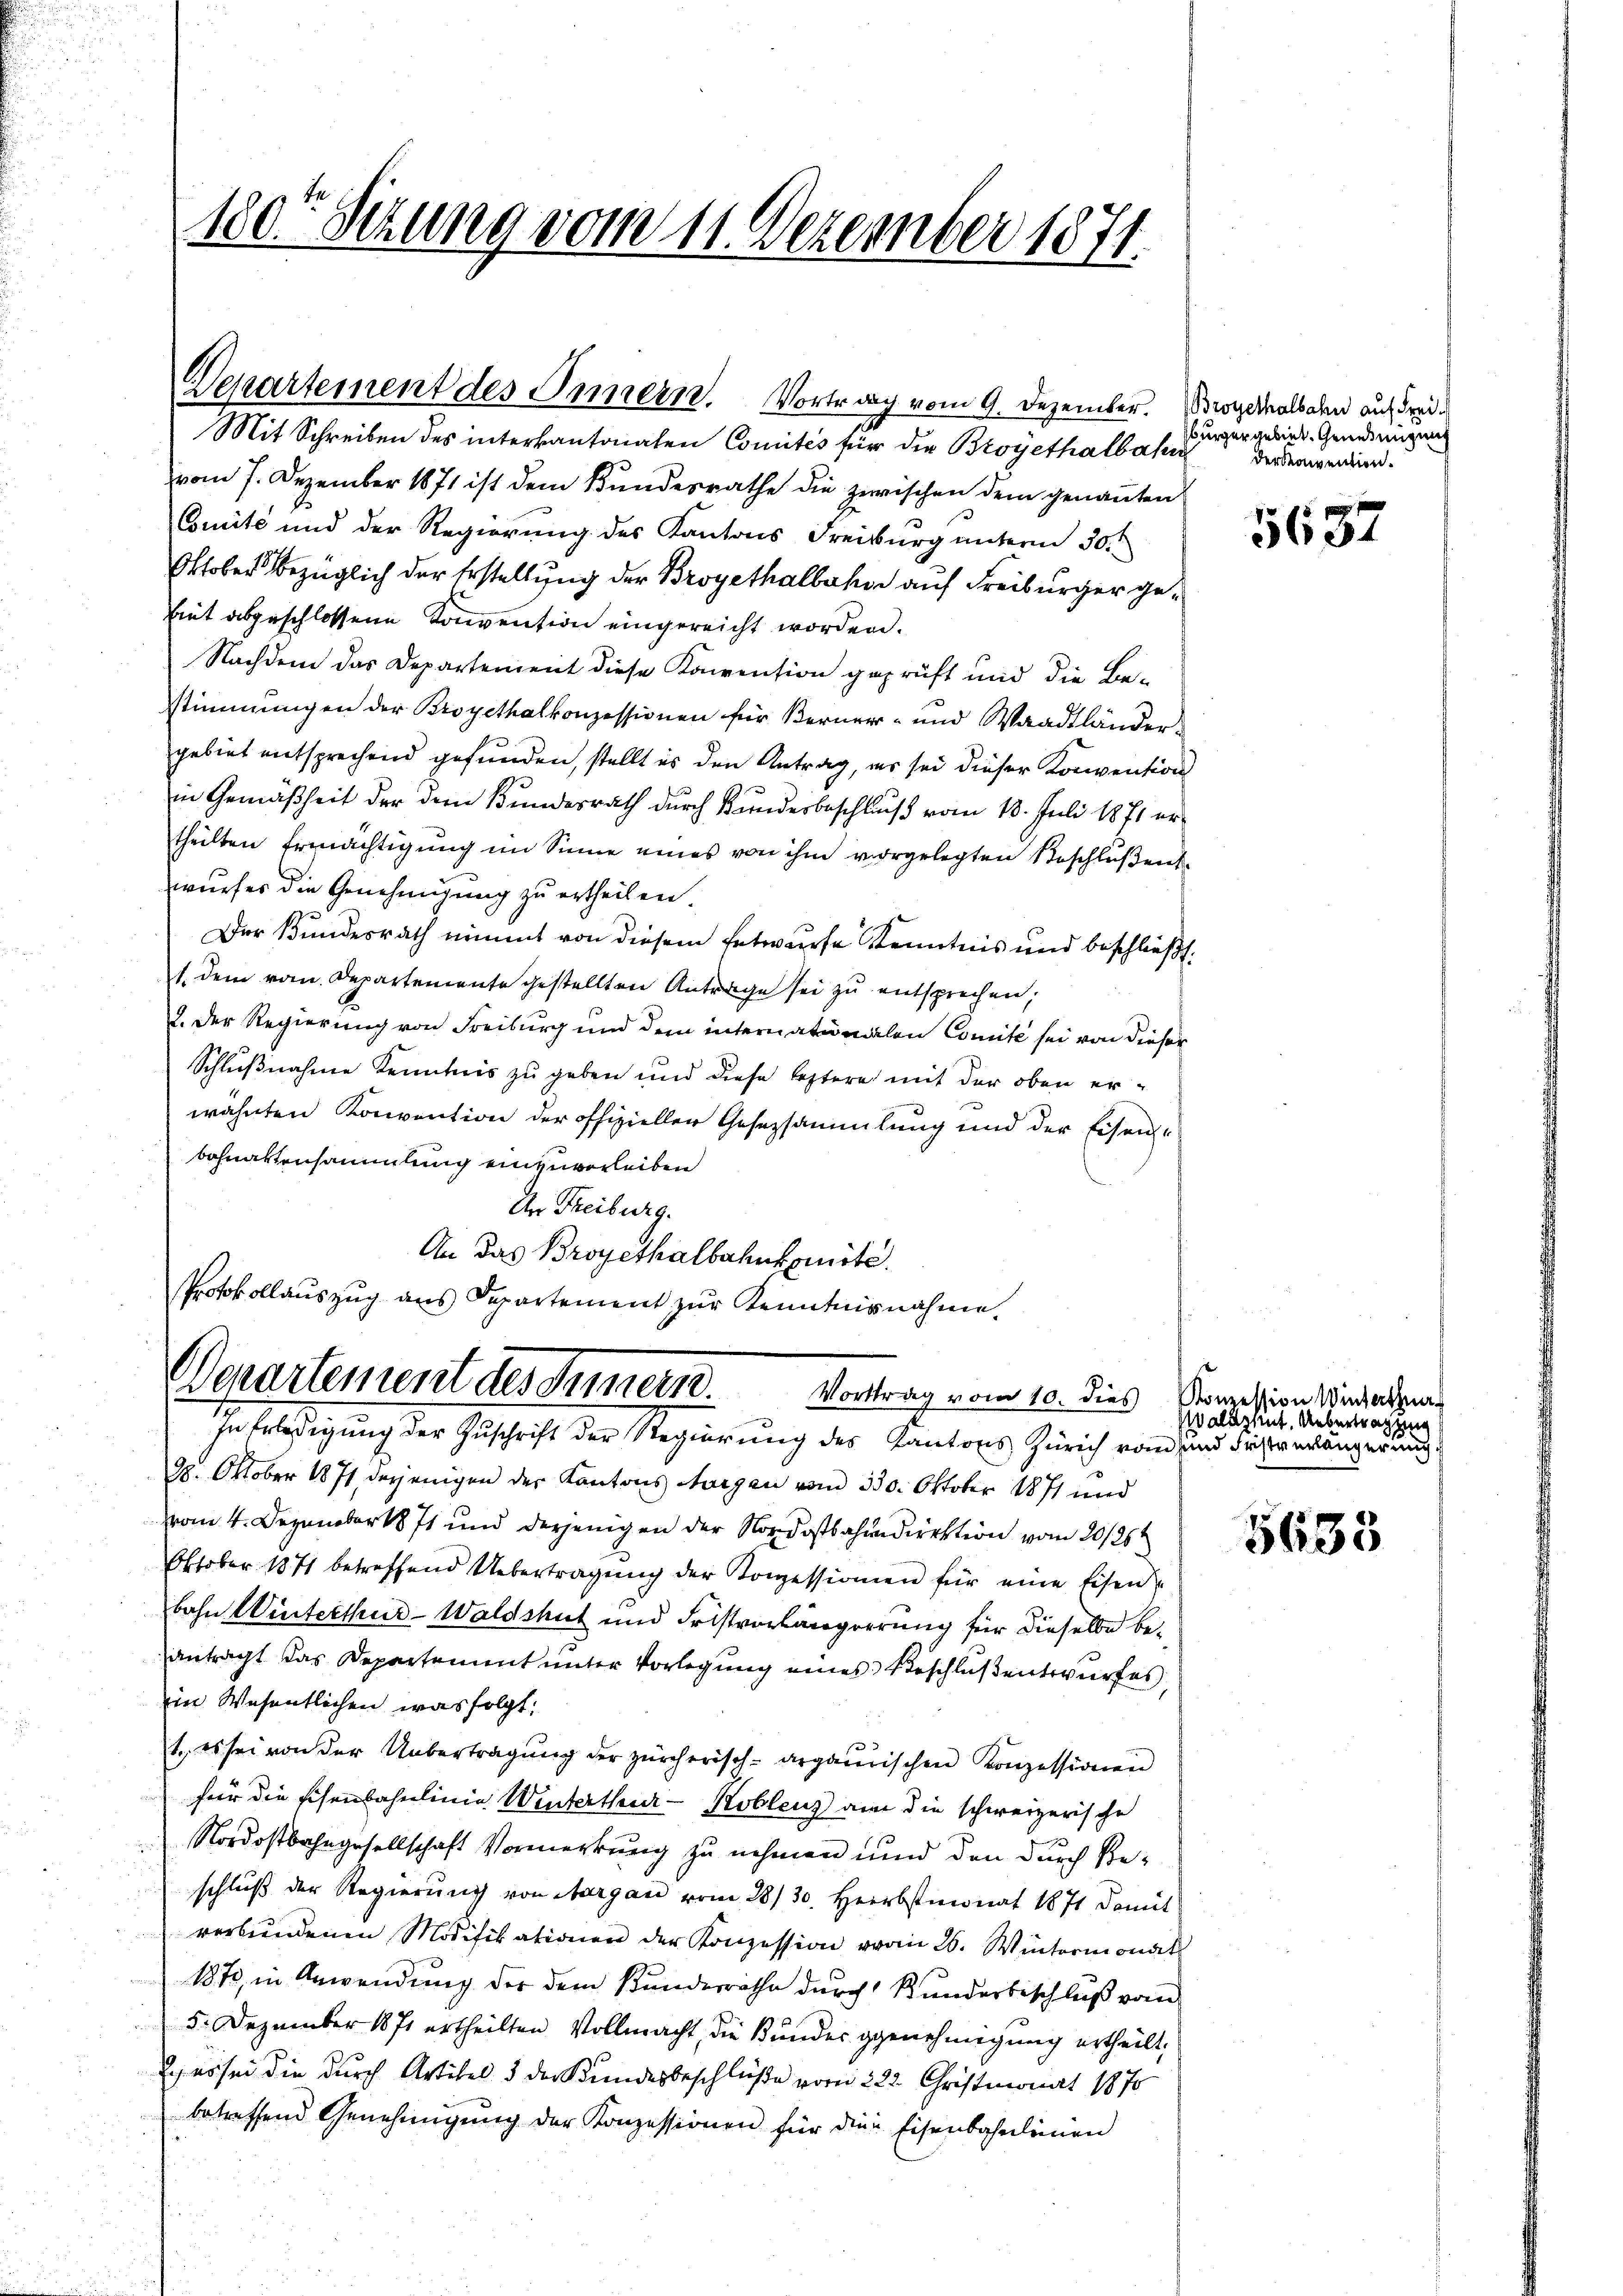
180r Sitzung vom 11. Dezember 1871.

Departement des Innern. Vortrag vom 9. Dezember. Brotgedralbahn auf drei¬
Mit Schreiben des interkantonalen Comités für die Broyethalbahn

vom 7. Dezember 1871 ist dem Bundesrathe die zwischen dem genannten
Comite und der Regierung des Kantons Freiburg unterm 30.
Oktober bezüglich der Erstellung der Broyethalbahn auf Freiburger gelint abgeschlossene Konvention eingereicht worden.
Nachdem das Departement diese Konvention geprüft und die Be-
Stimmungen der Broyethalkonzessionen für Berner- und Waadtländergebiet entsprechend gefunden, stellt es den Antrag, es sei dieser Konvention
in Gemäßheit der dem Bundesrath durch Kundesbeschluß vom 18. Juli 1871 ertheilten Ermächtigung im Sinne eines von ihm vorgelegten Beschlüßen
wurfer die Genehmigung zu ertheilen.
Der Bundesrath nimmt von diesem Entwurfe Kenntnis und beschließt:
1. dem vom Departemente gestellten Antrage sei zu entsprechen,
2. Der Regierung von Freiburg und dem internationalen Comite sei von dieser
Schlußnahme Kenntnis zu geben und diese leztere mit der oben erwähnten Konvention der offizieller Gesezsammlung und der Eisenbohnattensammlung einzuverleiben
An Freiburg.
An das Broyethalbahnkomite.
Protokollauszug aus Departement zur Kenntnisnahme.

Departement des Innern. Vortrag vom 10. dies
In Erledigung der Zuschrift der Regierung des Kantons Zürich von und dieser erlänger und

98. Oktober 1871, derjenigen der Kantons Aargau vom 330. Oktober 1871 und
vom 4. Dezember 1871 und derjenigen der Nordostbahndirektion vom 20/26t
Oktober 1871 betreffend Übertragŭng der Konzessionien für eine Eisen
bahn Winterthur-Waldshut und Fristvorlängerung für dieselbe beantragt das Departement unter Vorlegung eines Beschluß entwurfes,
in Wesentlichen was folgt:
1., es sei von der Uebertragung der zürcherisch-arganischen Konzessionen
für die Eisenbahnlinie Weiterthur–Koblenz an die schweizerische
Nordostbahngesellschaft Vormerkung zu nehmen und den durch Reschluß der Regierung von Margau vom 28/30. Herbstmonat 1871 damit
verbŭndenen Modifikationen der Konzession vom 26. Wintermonat
1870, in Anwendung der dem Bunderräthe durch Kunderbeschluß vom
5. Dezember 1871 ertheilten Vollmacht, die Kunder genehmigung ertheilt,
) es sei die durch Artikel 5 der Kundesbeschlüße vom 222. Christmonat 1870
betreffend Genehmigŭng der Konzessionen für die Eisenbahnleinen

burgergebiet. Genehmigung
der Konvention.

5657

Konzession Winterthur
Waldshut. Uebertragung

5638